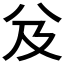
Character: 𠬬